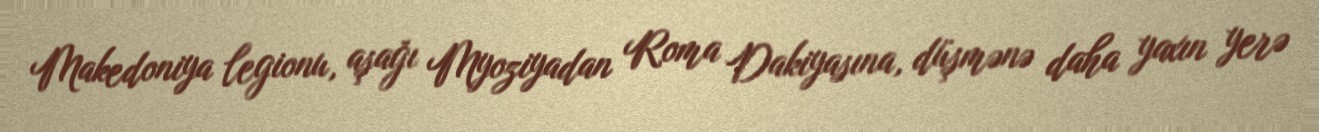
Makedoniya legionu, aşağı Myoziyadan Roma Dakiyasına, düşmənə daha yaxın yerə